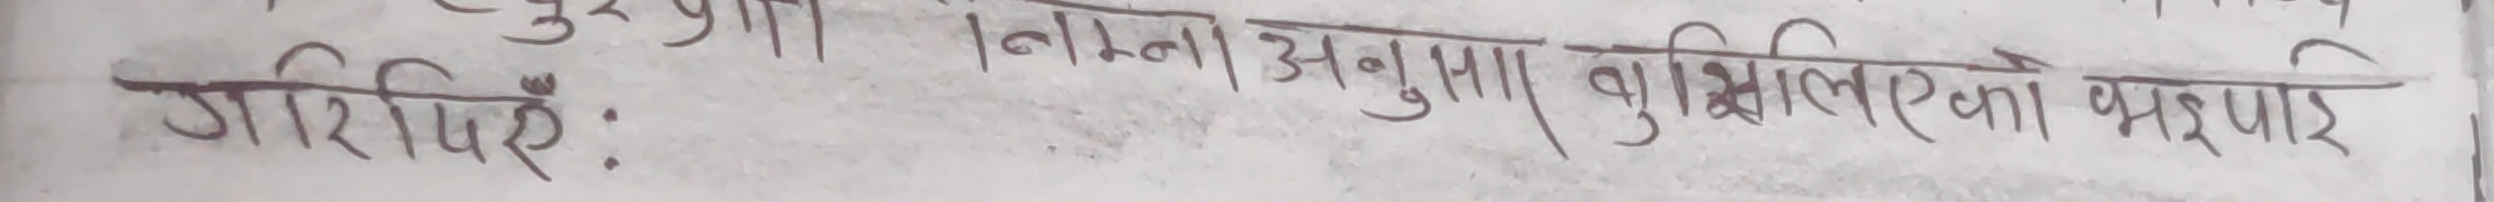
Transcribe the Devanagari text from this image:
गरिएरेः । निम्नानुसार बुझिलिएका झझझाइए